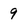
Character: 9